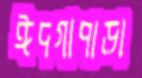
ঈদগাপাড়া